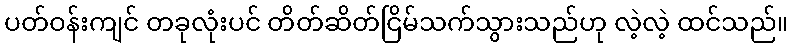
ပတ်ဝန်းကျင် တခုလုံးပင် တိတ်ဆိတ်ငြိမ်သက်သွားသည်ဟု လဲ့လဲ့ ထင်သည်။